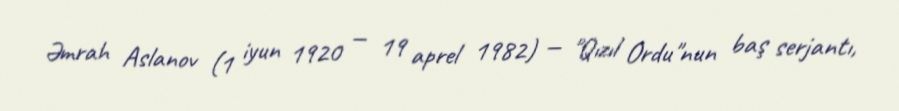
Əmrah Aslanov (1 iyun 1920 — 19 aprel 1982) — "Qızıl Ordu"nun baş serjantı,